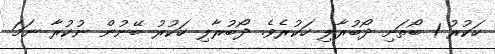
ހަކުރު 1 ބޯތަށި ދޯބުރާލި ހަކުރެވެ. ދޯބުރާލި ހަކުރު ބޭނުން ނުކުރާ ނަމަ